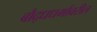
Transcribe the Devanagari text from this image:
बौद्धधर्मावरील